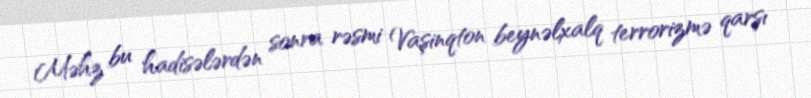
Məhz bu hadisələrdən sonra rəsmi Vaşinqton beynəlxalq terrorizmə qarşı